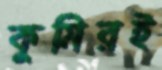
কুমিরই